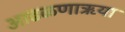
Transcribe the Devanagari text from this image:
आढळणाऋया